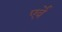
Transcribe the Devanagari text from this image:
एर्वे